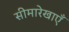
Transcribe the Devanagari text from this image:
सीमारेखाएँ